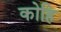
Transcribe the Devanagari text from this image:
कोहि